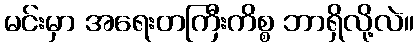
မင်းမှာ အရေးတကြီးကိစ္စ ဘာရှိလို့လဲ။